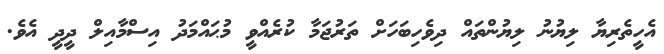
އެހީތެރިޔާ ލިޔުނު ލިޔުންތައް ދިވެހިބަހަށް ތަރުޖަމާ ކުރެއްވީ މުޙައްމަދު އިސްމާއިލް ދީދީ އެވެ.